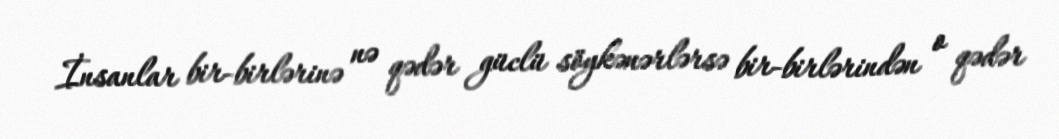
İnsanlar bir-birlərinə nə qədər güclü söykənərlərsə bir-birlərindən o qədər